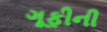
ગૂફીની